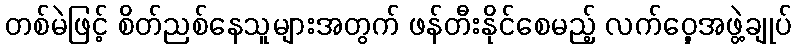
တစ်မဲဖြင့် စိတ်ညစ်နေသူများအတွက် ဖန်တီးနိုင်စေမည့် လက်ဝှေ့အဖွဲ့ချုပ်